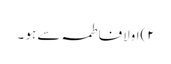
٢)اولافاطمہ سے ہو ۔